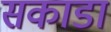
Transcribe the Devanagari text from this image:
सकाडा